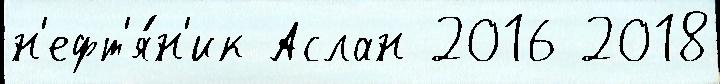
н'ефт'я́н'ик Аслан 2016 2018